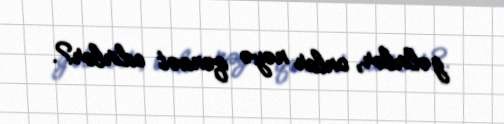
gəlirlər, onlar nəyə qənaət edirlər?.